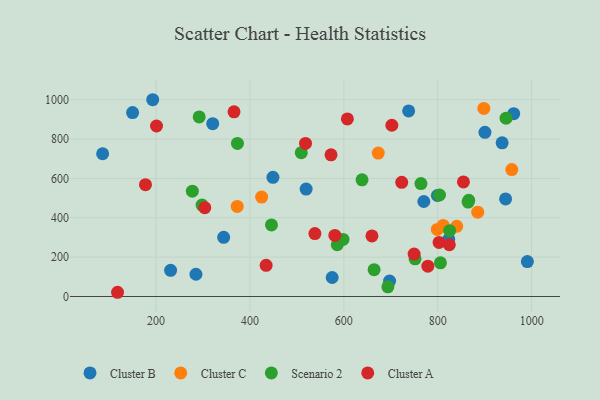
{"axis": {"x": "Study Hours", "y": "Sales"}, "legend": ["Cluster A", "Cluster B", "Cluster C", "Scenario 2"], "data": [{"x": "343.9", "y": 300.4, "type": "Cluster B"}, {"x": "320.6", "y": 878.1, "type": "Cluster B"}, {"x": "519.6", "y": 545.7, "type": "Cluster B"}, {"x": "284.9", "y": 112.9, "type": "Cluster B"}, {"x": "738.0", "y": 942.7, "type": "Cluster B"}, {"x": "230.9", "y": 133.1, "type": "Cluster B"}, {"x": "448.9", "y": 605.3, "type": "Cluster B"}, {"x": "990.9", "y": 177.6, "type": "Cluster B"}, {"x": "575.1", "y": 96.5, "type": "Cluster B"}, {"x": "944.5", "y": 495.8, "type": "Cluster B"}, {"x": "900.5", "y": 833.9, "type": "Cluster B"}, {"x": "961.8", "y": 929.1, "type": "Cluster B"}, {"x": "697.4", "y": 78.1, "type": "Cluster B"}, {"x": "823.4", "y": 289.9, "type": "Cluster B"}, {"x": "770.3", "y": 482.7, "type": "Cluster B"}, {"x": "937.1", "y": 780.9, "type": "Cluster B"}, {"x": "149.9", "y": 934.7, "type": "Cluster B"}, {"x": "799.2", "y": 513.1, "type": "Cluster B"}, {"x": "86.1", "y": 725.2, "type": "Cluster B"}, {"x": "192.8", "y": 999.8, "type": "Cluster B"}, {"x": "811.5", "y": 361.0, "type": "Cluster C"}, {"x": "372.8", "y": 457.5, "type": "Cluster C"}, {"x": "673.3", "y": 728.8, "type": "Cluster C"}, {"x": "898.2", "y": 955.8, "type": "Cluster C"}, {"x": "799.0", "y": 341.0, "type": "Cluster C"}, {"x": "885.2", "y": 428.3, "type": "Cluster C"}, {"x": "424.8", "y": 505.2, "type": "Cluster C"}, {"x": "957.7", "y": 644.8, "type": "Cluster C"}, {"x": "840.3", "y": 356.5, "type": "Cluster C"}, {"x": "373.3", "y": 777.7, "type": "Scenario 2"}, {"x": "291.8", "y": 912.5, "type": "Scenario 2"}, {"x": "598.2", "y": 290.1, "type": "Scenario 2"}, {"x": "509.3", "y": 730.8, "type": "Scenario 2"}, {"x": "864.7", "y": 479.6, "type": "Scenario 2"}, {"x": "945.5", "y": 906.2, "type": "Scenario 2"}, {"x": "825.2", "y": 334.2, "type": "Scenario 2"}, {"x": "693.7", "y": 49.2, "type": "Scenario 2"}, {"x": "585.9", "y": 263.0, "type": "Scenario 2"}, {"x": "638.7", "y": 592.6, "type": "Scenario 2"}, {"x": "297.9", "y": 464.7, "type": "Scenario 2"}, {"x": "751.7", "y": 191.3, "type": "Scenario 2"}, {"x": "803.7", "y": 515.7, "type": "Scenario 2"}, {"x": "277.2", "y": 535.2, "type": "Scenario 2"}, {"x": "805.7", "y": 171.1, "type": "Scenario 2"}, {"x": "445.8", "y": 363.4, "type": "Scenario 2"}, {"x": "764.2", "y": 573.6, "type": "Scenario 2"}, {"x": "664.4", "y": 136.1, "type": "Scenario 2"}, {"x": "866.0", "y": 488.6, "type": "Scenario 2"}, {"x": "607.5", "y": 902.1, "type": "Cluster A"}, {"x": "538.3", "y": 319.5, "type": "Cluster A"}, {"x": "749.6", "y": 215.6, "type": "Cluster A"}, {"x": "702.2", "y": 870.2, "type": "Cluster A"}, {"x": "659.8", "y": 307.7, "type": "Cluster A"}, {"x": "117.9", "y": 21.4, "type": "Cluster A"}, {"x": "200.9", "y": 866.4, "type": "Cluster A"}, {"x": "303.7", "y": 451.1, "type": "Cluster A"}, {"x": "434.4", "y": 158.3, "type": "Cluster A"}, {"x": "723.2", "y": 579.9, "type": "Cluster A"}, {"x": "778.9", "y": 154.0, "type": "Cluster A"}, {"x": "802.8", "y": 274.6, "type": "Cluster A"}, {"x": "177.4", "y": 567.9, "type": "Cluster A"}, {"x": "854.7", "y": 582.3, "type": "Cluster A"}, {"x": "572.6", "y": 719.6, "type": "Cluster A"}, {"x": "824.6", "y": 262.8, "type": "Cluster A"}, {"x": "580.8", "y": 310.4, "type": "Cluster A"}, {"x": "518.3", "y": 777.6, "type": "Cluster A"}, {"x": "366.0", "y": 938.3, "type": "Cluster A"}]}